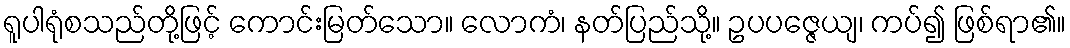
ရူပါရုံစသည်တို့ဖြင့် ကောင်းမြတ်သော။ လောကံ၊ နတ်ပြည်သို့။ ဥပပဇ္ဇေယျ၊ ကပ်၍ ဖြစ်ရာ၏။